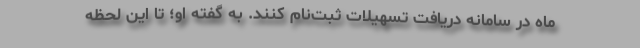
ماه در سامانه دریافت تسهیلات ثبت‌نام کنند. به گفته او؛ تا این لحظه